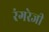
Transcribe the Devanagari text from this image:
रंगरेजी